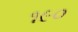
૧૯૦